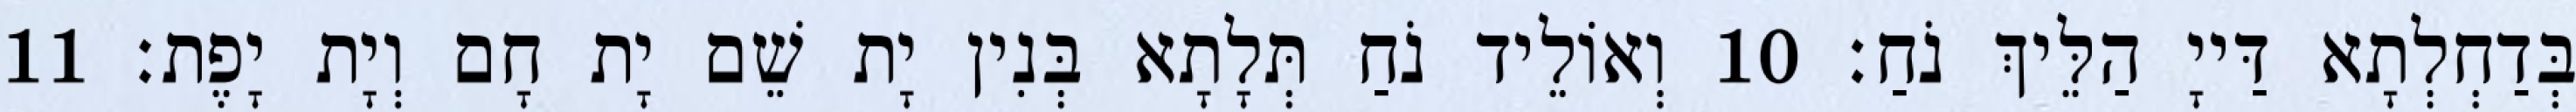
בְּדַחְלְתָא דַּייָ הַלֵּיךְ נֹחַ׃ 10 וְאוֹלֵיד נֹחַ תְּלָתָא בְּנִין יָת שֵׁם יָת חָם וְיָת יָפֶת׃ 11